NAE_ERA_R-2324_Eesti_Vabariigi_Pohiseaduslik_Assamblee, lk 39
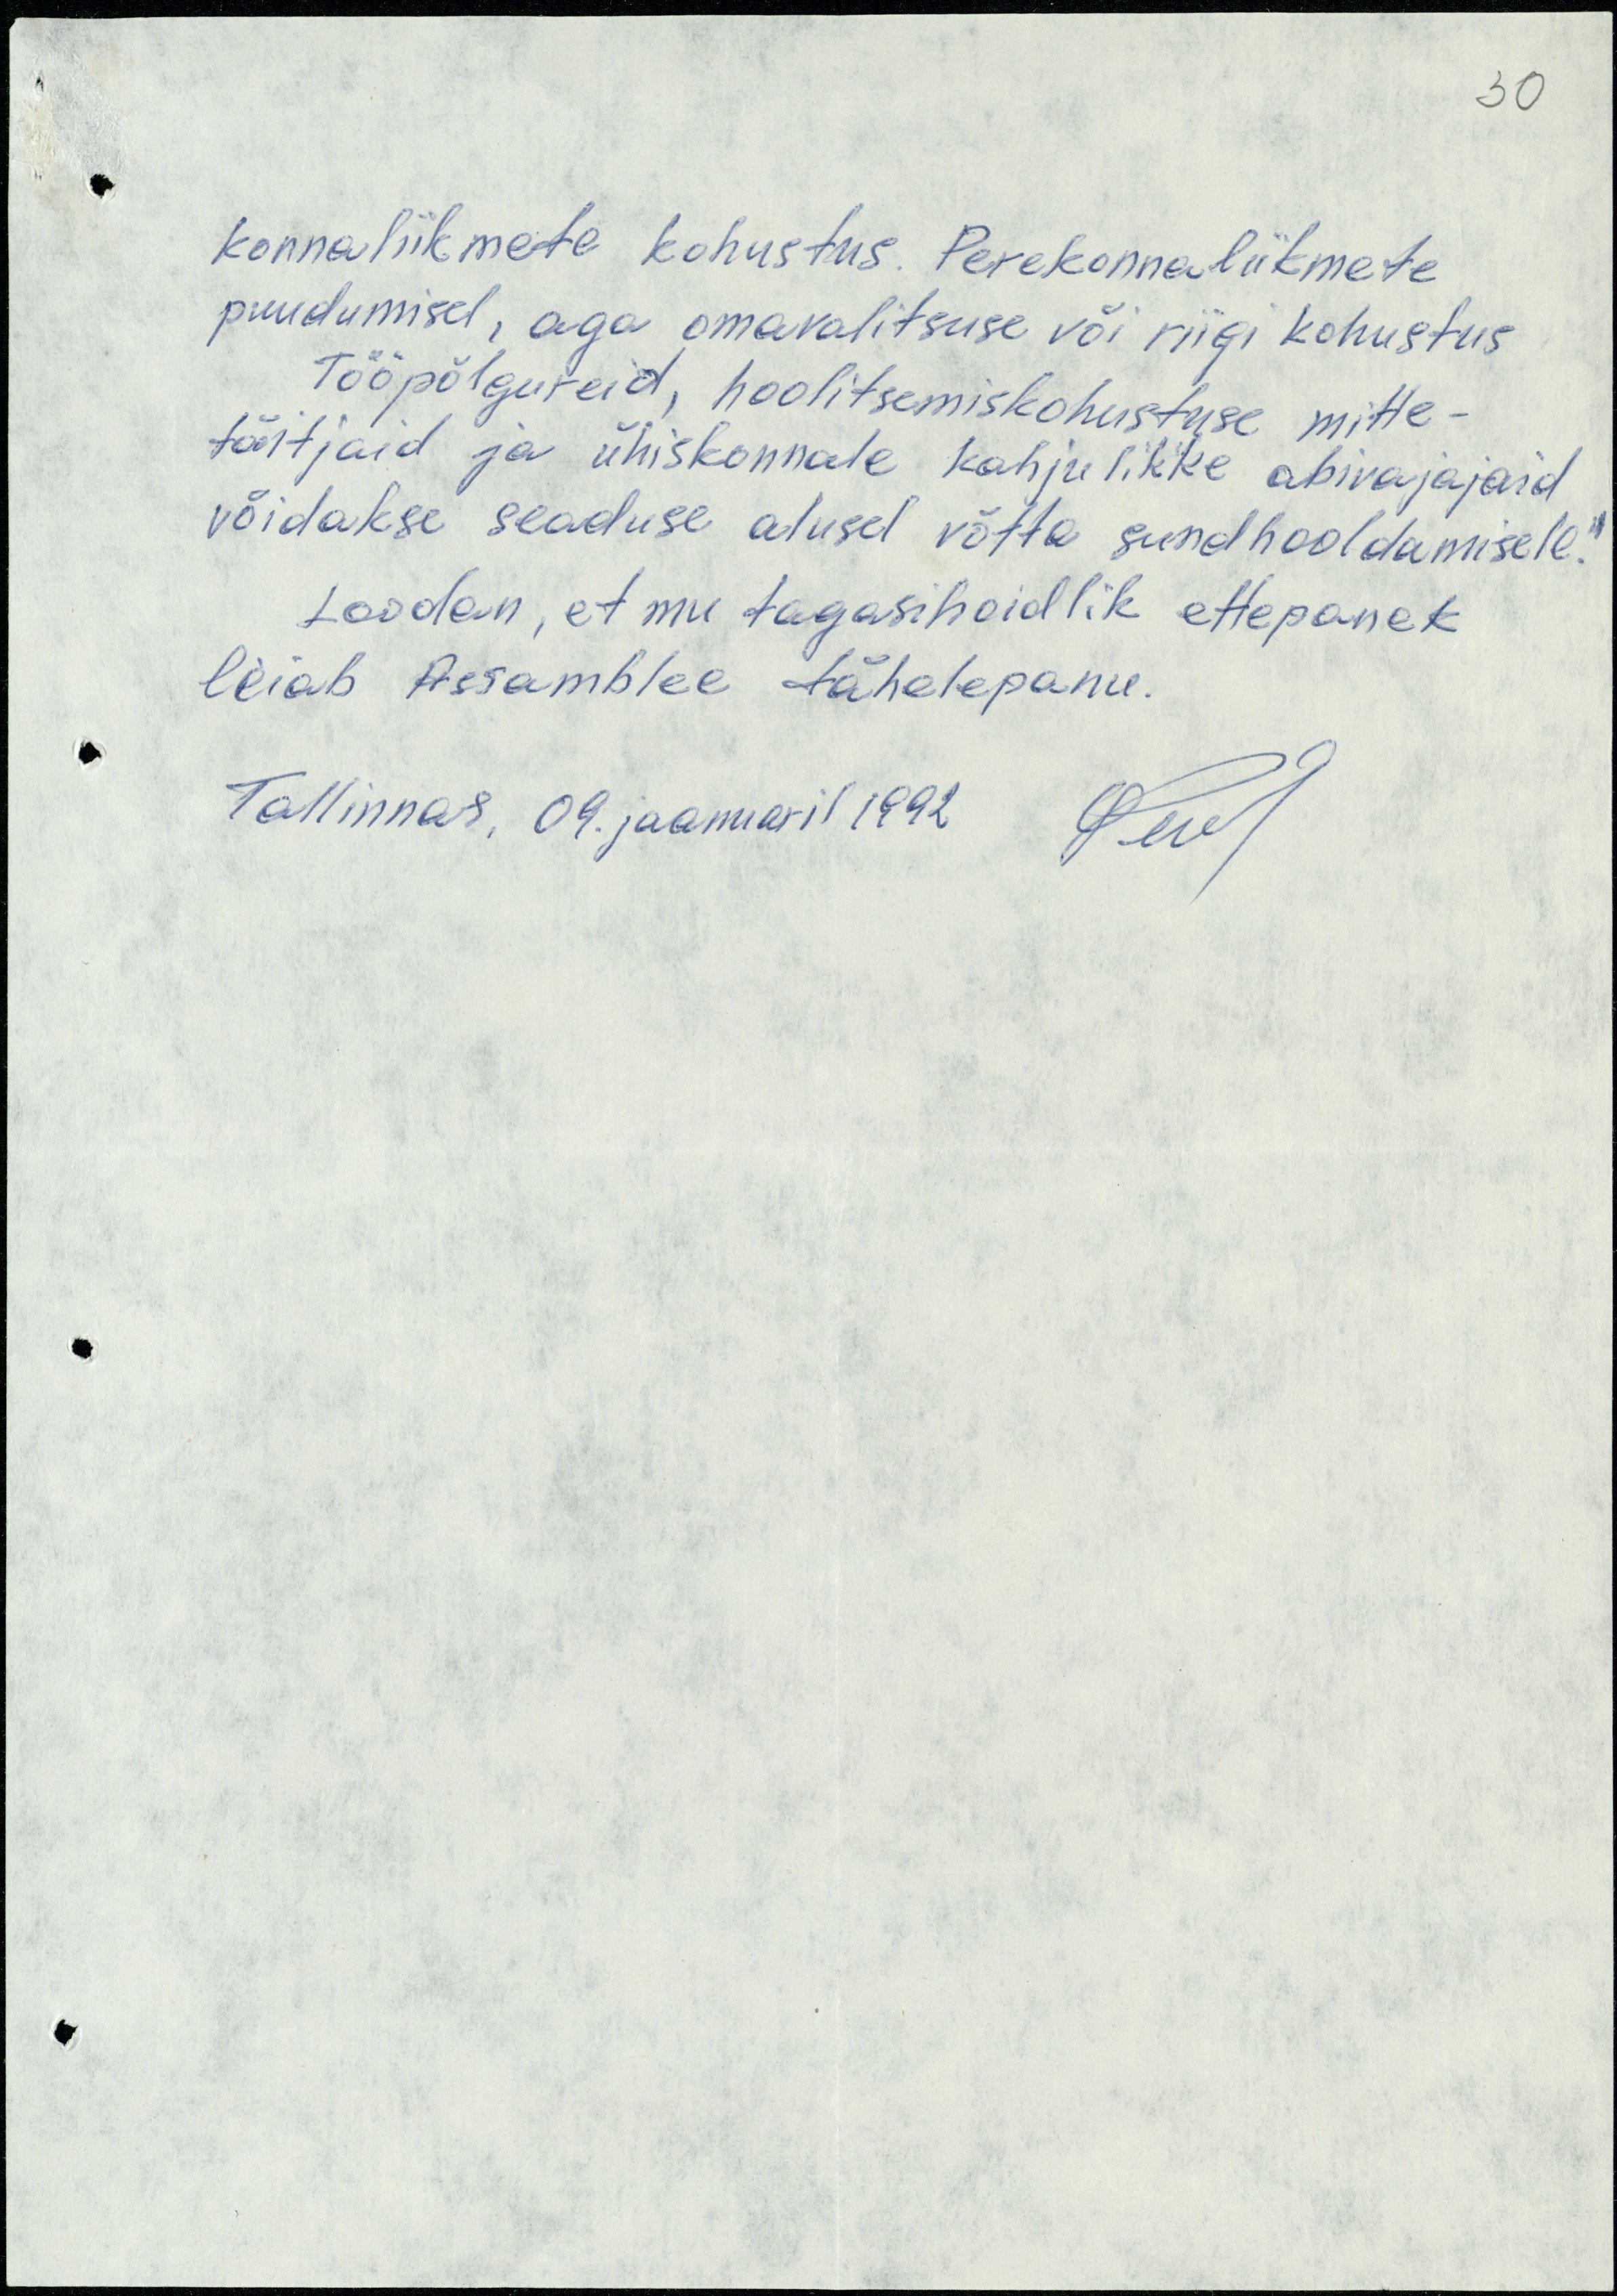
30

konnaliikmete kohustus. Perekonnaliikmete
puudumisel, aga omavalitsuse või riigi kohustus
Tööpõlgureid, hoolitsemiskohustuse mitte-
täitjaid ja ühiskonnale kahjulikke abivajajaid
võidakse seaduse alusel võtta sundhooldamisele."
Loodan, et mu tagasihoidlik ettepanek
leiab Assamblee tähelepanu.
Tallinnas, 09. jaanuaril 1992.